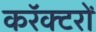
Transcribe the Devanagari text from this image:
करॅक्टरों